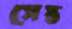
সেস্ত